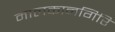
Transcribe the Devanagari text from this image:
मालकानगिरि